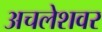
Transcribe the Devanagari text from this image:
अचलेशवर